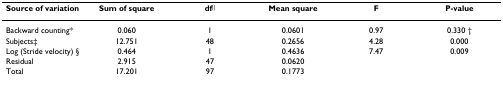
<table><thead><tr><td><b>Source of variation</b></td><td><b>Sum of square</b></td><td><b>df<sup>||</sup></b></td><td><b>Mean square</b></td><td><b>F</b></td><td><b>P-value</b></td></tr></thead><tbody><tr><td>Backward counting*</td><td>0.060</td><td>1</td><td>0.0601</td><td>0.97</td><td>0.330 †</td></tr><tr><td>Subjects‡</td><td>12.751</td><td>48</td><td>0.2656</td><td>4.28</td><td>0.000</td></tr><tr><td>Log (Stride velocity) §</td><td>0.464</td><td>1</td><td>0.4636</td><td>7.47</td><td>0.009</td></tr><tr><td>Residual</td><td>2.915</td><td>47</td><td>0.0620</td><td></td><td></td></tr><tr><td>Total</td><td>17.201</td><td>97</td><td>0.1773</td><td></td><td></td></tr></tbody></table>